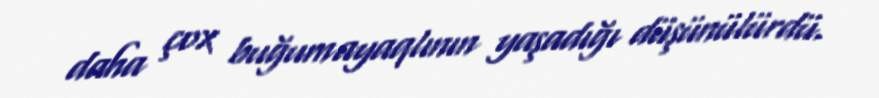
daha çox buğumayaqlının yaşadığı düşünülürdü.